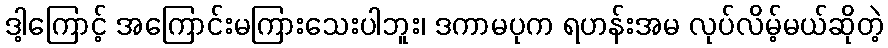
ဒါ့ကြောင့် အကြောင်းမကြားသေးပါဘူး၊ ဒကာမပုက ရဟန်းအမ လုပ်လိမ့်မယ်ဆိုတဲ့